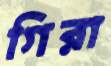
গিরা